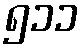
၅၁၁